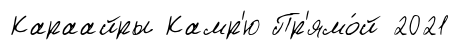
Караайры Камр'ю Пр'ямо́й 2021